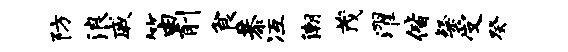
防浪戚笛削食恭冱潮茂濯偕粲受癸